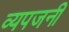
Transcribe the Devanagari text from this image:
व्यपजनी